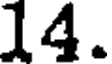
14.